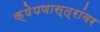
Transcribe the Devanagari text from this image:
क्षेपणास्त्रांवर